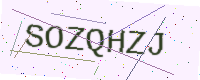
Text: SOZQHZJ